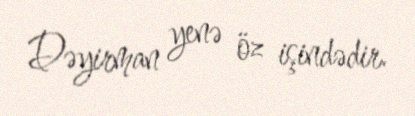
Dəyirman yenə öz işindədir.